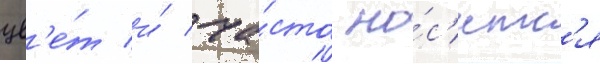
цв'е́т и́ ча́сто но́с'итс'я